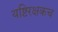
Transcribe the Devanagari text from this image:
यष्टिरक्षकच